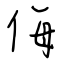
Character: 侮